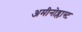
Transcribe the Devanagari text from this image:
अमीनोब्लास्ट